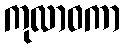
ကုလာဝကာ